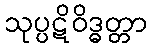
သုပ္ပဋိဝိဒ္ဓတ္တာ